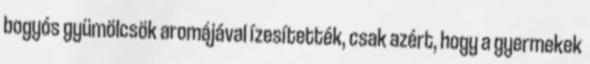
bogyós gyümölcsök aromájával ízesítették, csak azért, hogy a gyermekek